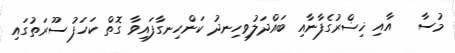
މުސާ   އާއި ޚިޟްރުގެފާނާއި ބައްދަލުވިހިނދު ކަންހިނގާފައިވާ ގޮތް ކަހަފު ސޫރަތުގައި